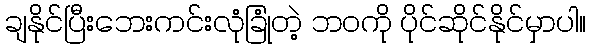
ချနိုင်ပြီးဘေးကင်းလုံခြုံတဲ့ ဘဝကို ပိုင်ဆိုင်နိုင်မှာပါ။